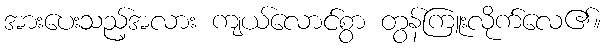
အားပေးသည့်အလား ကျယ်လောင်စွာ တွန်ကြူးလိုက်လေ၏။